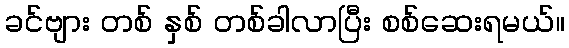
ခင်ဗျား တစ် နှစ် တစ်ခါလာပြီး စစ်ဆေးရမယ်။